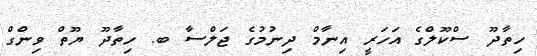
ހިތާދޫ ސްކޫލްގެ އަހަރީ އިނާމް ދިނުމުގެ ޖަލްސާ ބ. ހިތާދޫ ޔޫތް ވިންގް